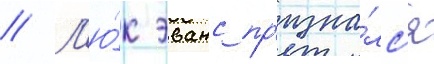
// Л'ю́к эванс пр'изна́лс'я